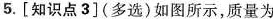
5.[知识点3](多选)如图所示，质量为